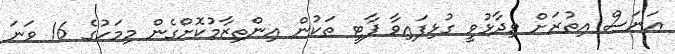
އަނަސް އިތުރަށް ވިދާޅުވީ ގުޅިފައިވާ ޕާޓީ ތަކުން އިންތިޒާމުކޮށްގެން މިމަހުގެ 16 ވަނަ